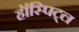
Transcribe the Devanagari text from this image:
हॉस्पिट्ल